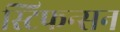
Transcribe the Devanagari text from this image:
स्टिफन्सन